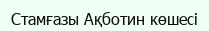
Стамғазы Ақботин көшесі